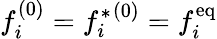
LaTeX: f_{i}^{(0)}={f_{i}^{*}}^{(0)}=f_{i}^{\mathrm{eq}}